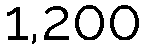
1,200